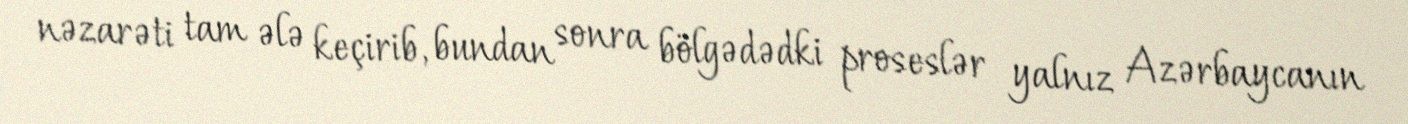
nəzarəti tam ələ keçirib, bundan sonra bölgədədki proseslər yalnız Azərbaycanın